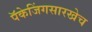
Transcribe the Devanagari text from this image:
पॅकेजिंगसारखेच